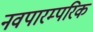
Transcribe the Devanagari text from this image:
नवपारम्परिक